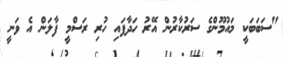
"ސަބަބަކީ މައުމޫންގެ ސަރުކާރުން އޭރު ހަދާފައި ހުރި ރަސްމީ ފާލަން އެ ވަނީ